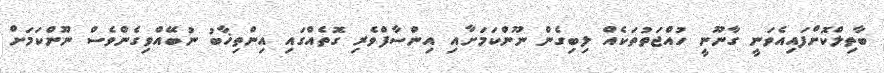
ބާތިލްކޮށްފައިއެވަނީ ގާނޫނީ ހުއްޖަތުތަކެއް ލިބިގެން ނޫންކަމަށާއި އިންސާފްވެރި ގޮތެއްގައި އިންތިޚާބު ނުބޭއްވިގެންވެސް ނޫންކަމަށް